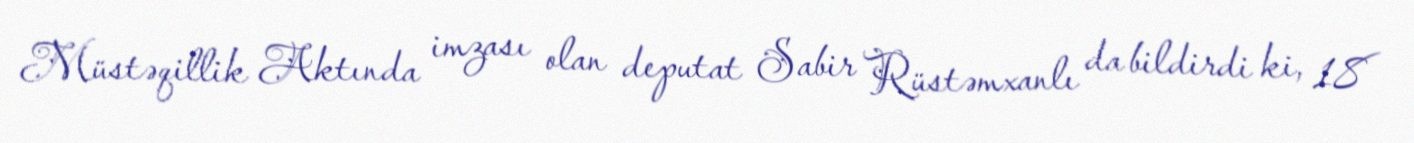
Müstəqillik Aktında imzası olan deputat Sabir Rüstəmxanlı da bildirdi ki, 18